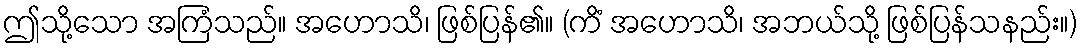
ဤသို့သော အကြံသည်။ အဟောသိ၊ ဖြစ်ပြန်၏။ (ကိံ အဟောသိ၊ အဘယ်သို့ ဖြစ်ပြန်သနည်း။)